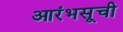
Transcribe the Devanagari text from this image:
आरंभसूची